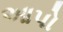
આપો